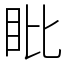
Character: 䀝